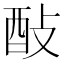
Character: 𨠃